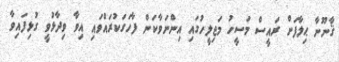
ޤާނޫނާ ޙިލާފަށް ރައީސް މަސީހު މަޖިލީހުގައި އިންނަވާކަން ފާހަގަކުރައްވައި އިވާ ވިދާޅުވީ ގުޅިފައިވާ